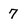
Character: 7